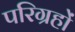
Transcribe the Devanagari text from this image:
परिग्रहों